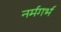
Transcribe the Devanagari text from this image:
नर्मगर्भ